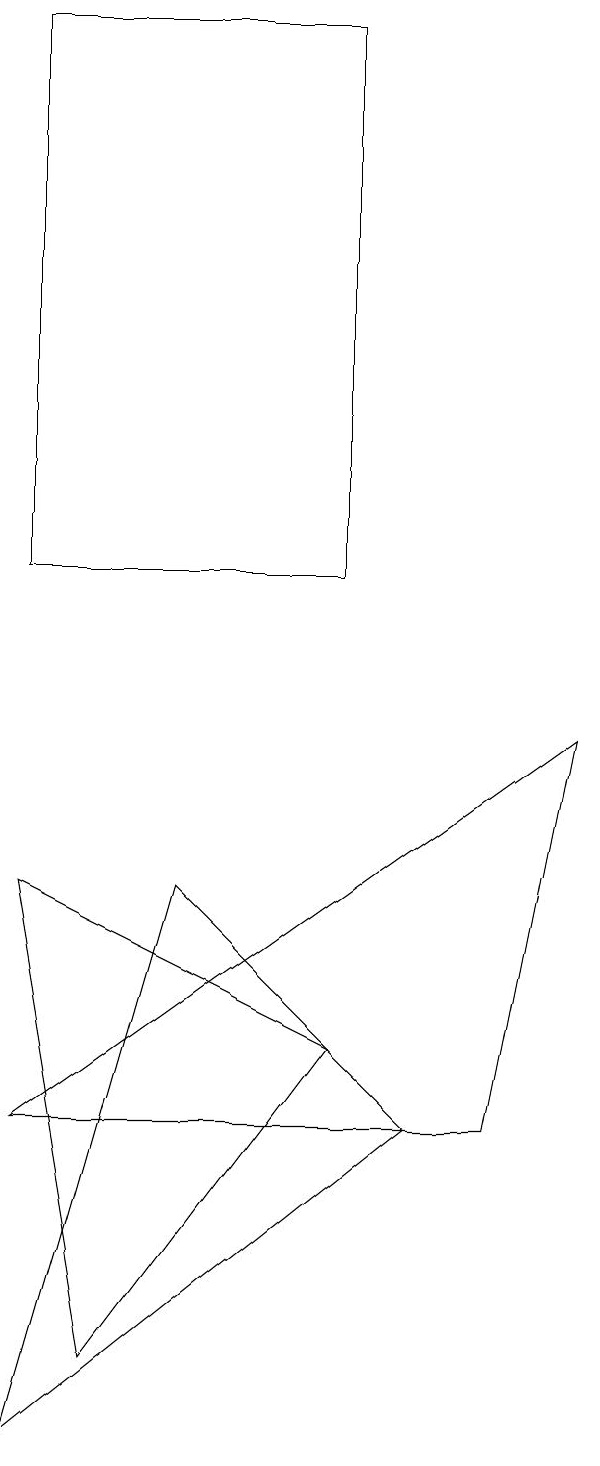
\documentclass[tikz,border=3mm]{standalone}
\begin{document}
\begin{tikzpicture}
\draw (2,4) -- (9,9) -- (8,4) -- cycle;
\draw (2,0) -- (7,4) -- (4,7) -- cycle;
\draw (3,1) -- (6,5) -- (2,7) -- cycle;
\draw (6,11) rectangle (2,18);
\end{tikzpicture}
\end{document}